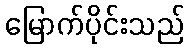
မြောက်ပိုင်းသည်